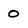
Character: 0